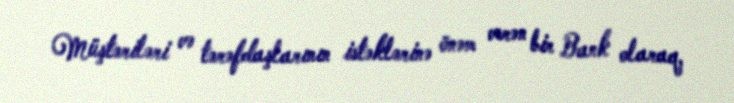
Müştəriləri və tərəfdaşlarının istəklərinə önəm verən bir Bank olaraq,